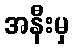
အနီးမှ